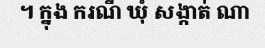
។ ក្នុង ករណី ឃុំ សង្កាត់ ណា